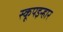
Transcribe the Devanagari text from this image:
स्कूपइन्हार